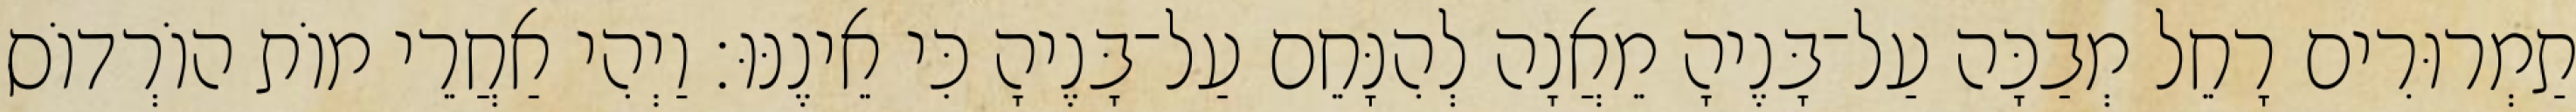
תַמְרוּרִים רָחֵל מְבַכָּה עַל־בָּנֶיהָ מֵאֲנָה לְהִנָּחֵם עַל־בָּנֶיהָ כִּי אֵינֶנּוּ׃ וַיְהִי אַחֲרֵי מוֹת הוֹרְדוֹס